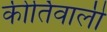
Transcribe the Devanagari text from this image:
कीर्तिवाली